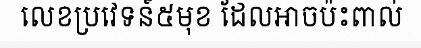
លេខប្រវេទន៍៥មុខ ដែលអាចប៉ះពាល់